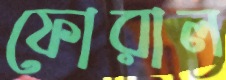
ফোরাল